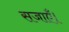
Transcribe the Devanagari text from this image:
सजाएँ।